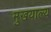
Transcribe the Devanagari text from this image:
मुखयाल्य